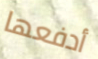
أدفعها